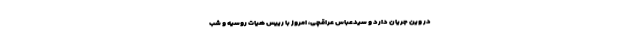
در وین جریان دارد و سیدعباس عراقچی، امروز با رییس هیات روسیه و شب